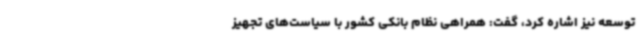
توسعه نیز اشاره کرد، گفت: همراهی نظام بانکی کشور با سیاست‌های تجهیز